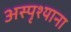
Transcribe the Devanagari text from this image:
अस्पृश्याना